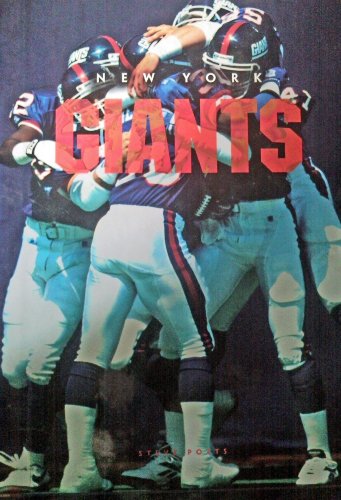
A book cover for New York Giants (NFL Today); Steve Potts; Teen & Young Adult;